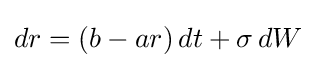
dr=(b-ar)\,dt+\sigma \,dW